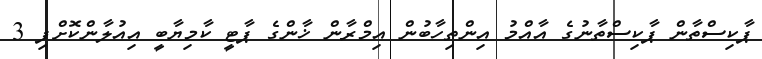
ޕާކިސްތާން ޕާކިސްތާނުގެ އާއްމު އިންތިހާބުން އިމްރާން ޚާންގެ ޕާޓީ ކާމިޔާބީ އިއުލާންކޮށްފި 3